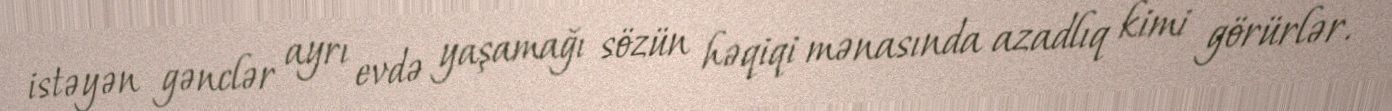
istəyən gənclər ayrı evdə yaşamağı sözün həqiqi mənasında azadlıq kimi görürlər.